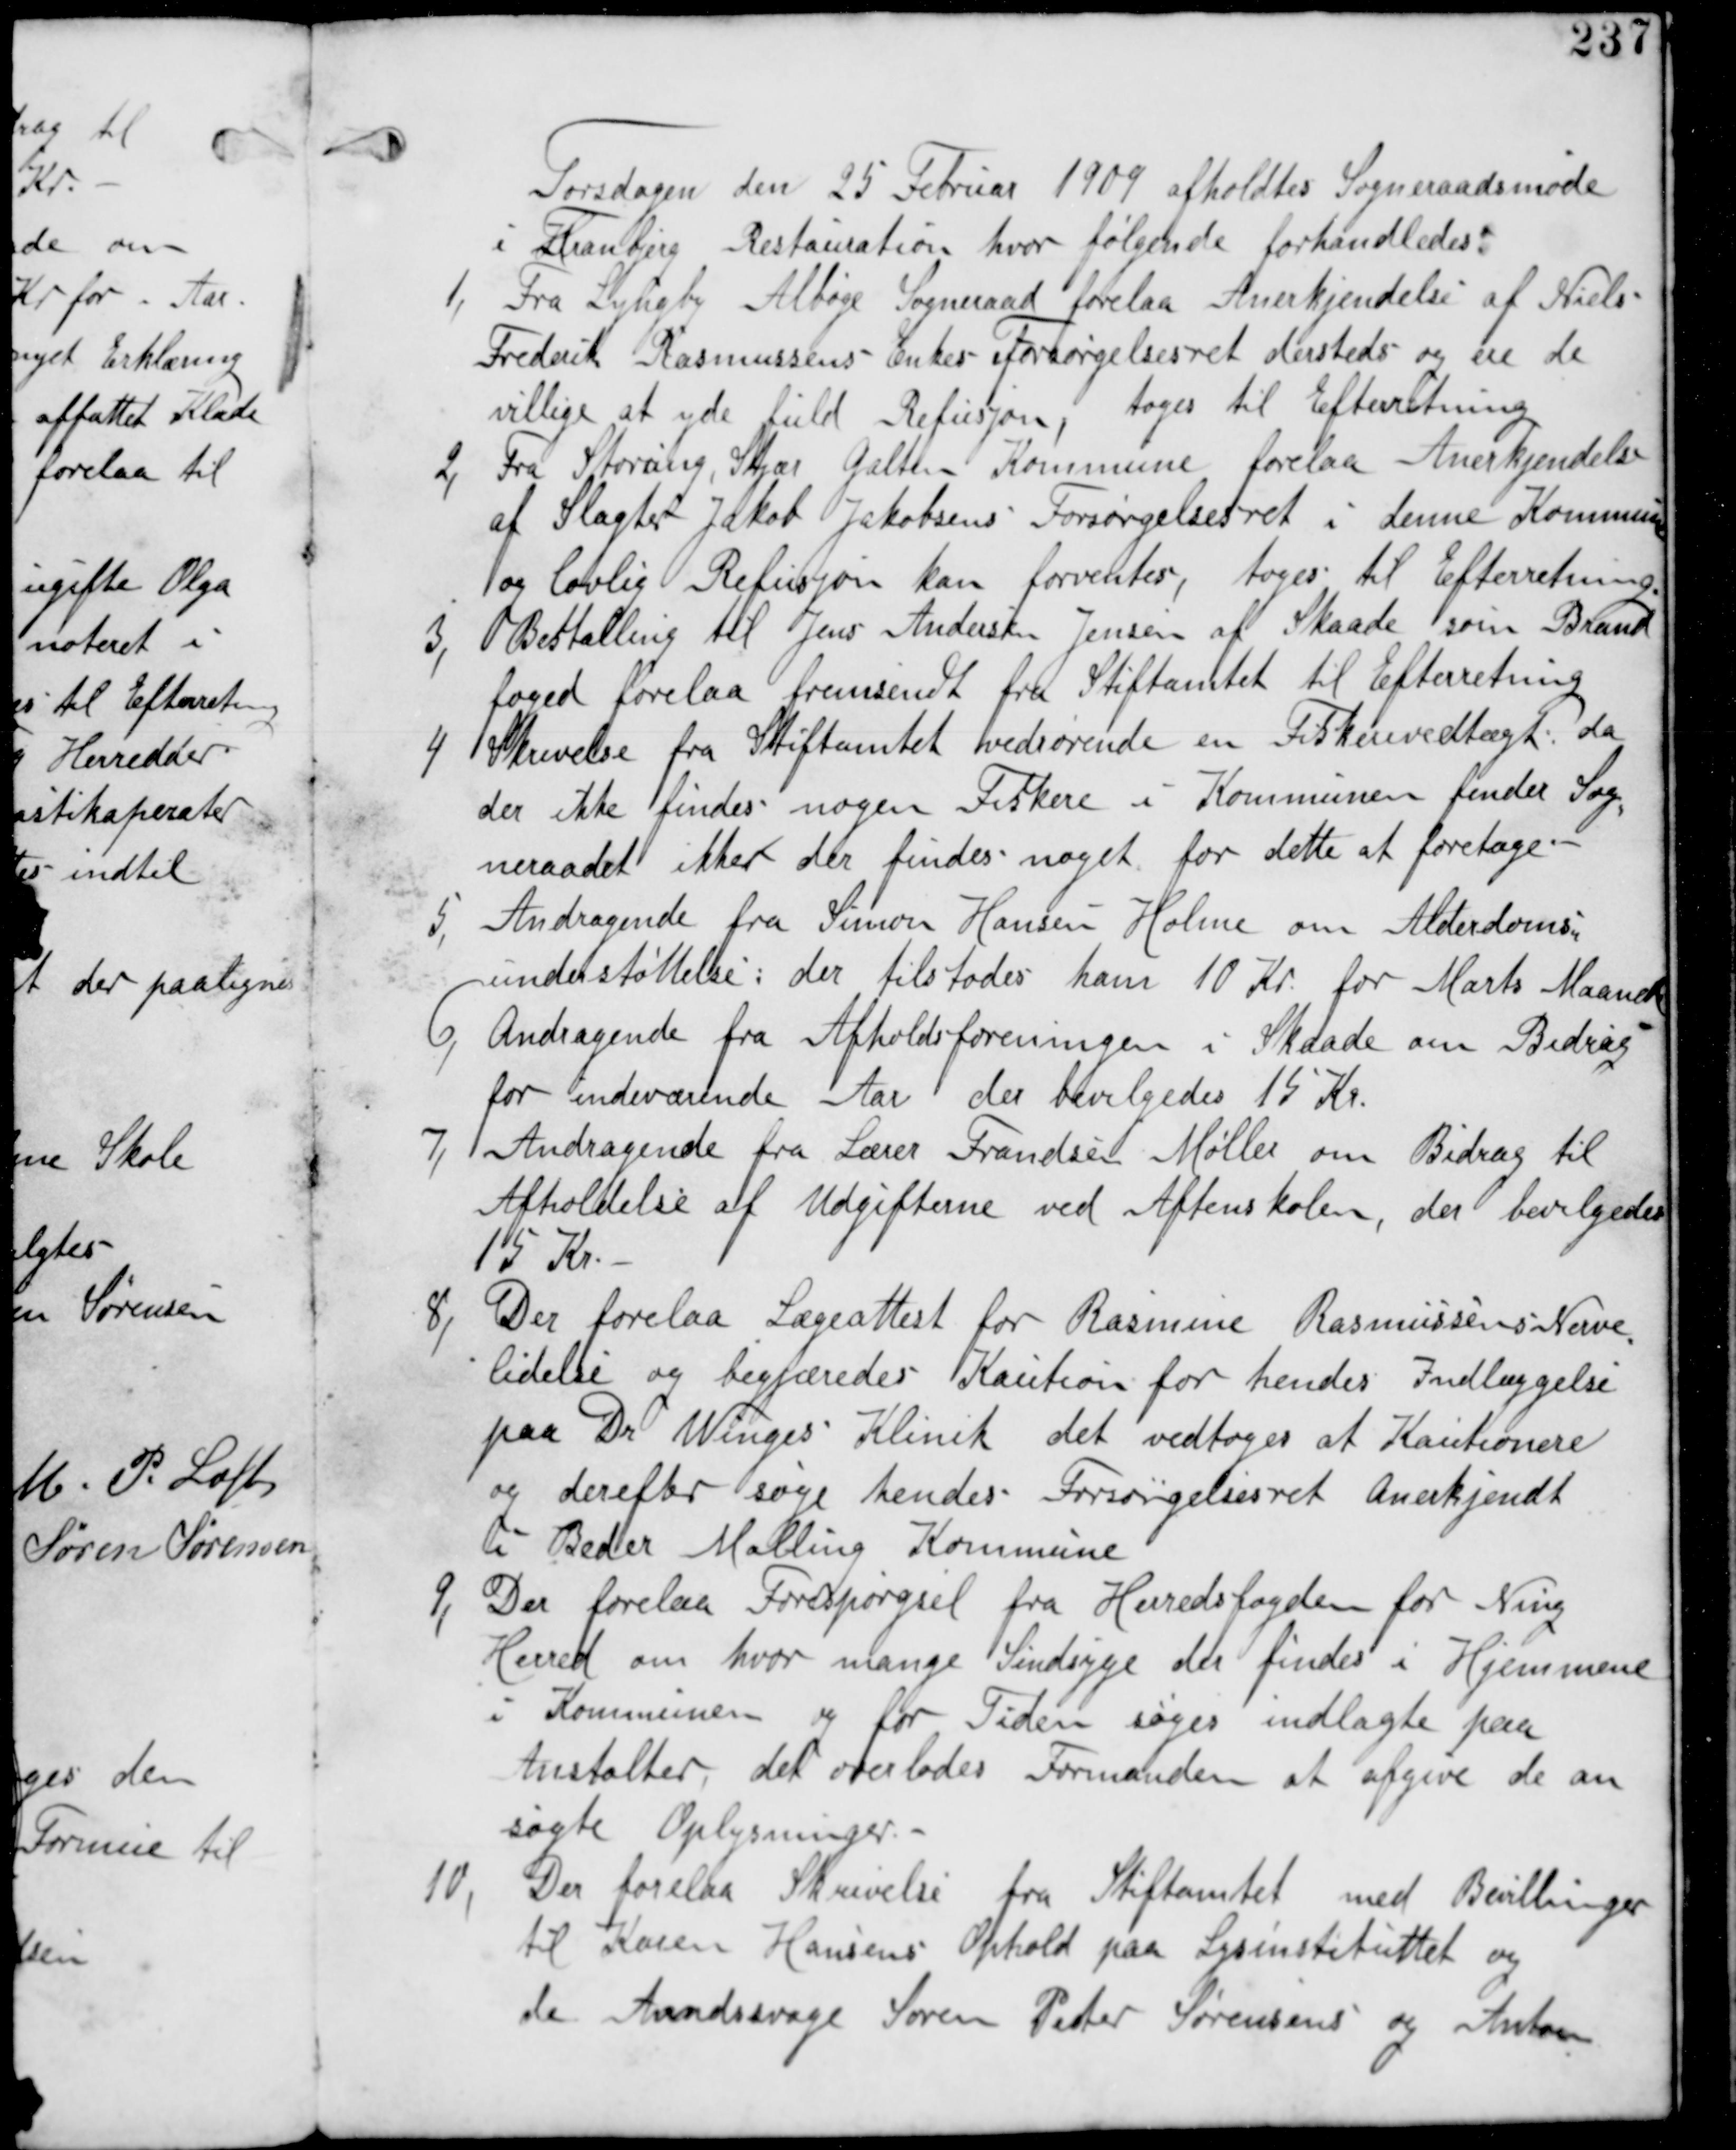
Transskription:
Torsdagen den 25 Februar 1909 afholdes Sogneraadsmøde
 i Tranbjerg Restauration hvor følgende forhandledes:

1, Fra Lyngby Albøge Sogneraad forelaa Anerkjennelse af Niels
Frederik Rasmussens Enkes Forsørgelsesret dersteds og ere de
villige at yde fuld Refusjon, tages til Efterretning.

2, Fra Storring Stjær Galten Kommune forelaa Anerkjendelse
af Slagter Jakob Jakobsens Forsørgelsesret i denne Kommune
og lovlig Refusion kan forventes, tages til Efterretning.

3, Bestalling til Jens Andersen Jensen af Skaade som Brand
foged forelaa fremsendt fra Stiftamtet til Efterretning.

4 Skrivelse fra Stiftamtet vedrørende en Fiskevedtægt : da
der ikke findes nogen Fiskere i Kommunen finder Sog
neraadet ikke der findes noget for dette at foretage

5, Andragende fra Simon Hansen Holme om Alderdoms
understøttelse: der tilstodes ham 10 Kr for Marts Maaned

6, Andragende fra Afholdsforeningen i Skaade om Bidrag
for indeværrende Aar der bevilgedes 15 Kr.

7, Andragende fra Lærer Frandsen Møller om Bidrag til
Afholdelse af Udgifterne ved Aftenskolen, der bevilgedes
15 Kr.

8, Der forelaa Lægeattest for Rasmine Rasmussens Nerve
lidelse og begjæredes Kaution for hendes Indlæggelse
paa Dr Winges Klinik det vedtages at Kautionere
og derefter søge hendes Forsørgelsesret Anerkjendt
i Beder Malling Kommune.

9, Der forelaa Forespørgsel fra Herredsfogeden for Ning
Herred om hvor mange Sindsyge der findes i Hjemmene
i Kommunen og for Tiden søges indlagte paa
Anstalter, det overlades Formanden at afgive de an
søgte Oplysninger.

10,
Der forelaa Skrivelse fra Stiftamtet med Bevillinger
til Karen Hansens Ophold paa Lysinstituttet og
de Aandsvage Søren Peder Sørensens og Anton